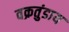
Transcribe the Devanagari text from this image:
वक्रतुंडाय